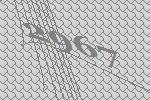
2967